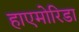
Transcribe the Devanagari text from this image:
हाएमोरिडा